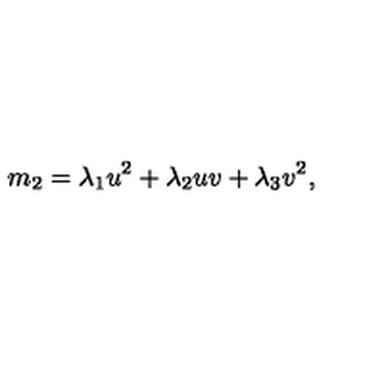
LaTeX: m _ { 2 } = \lambda _ { 1 } u ^ { 2 } + \lambda _ { 2 } u v + \lambda _ { 3 } v ^ { 2 } ,